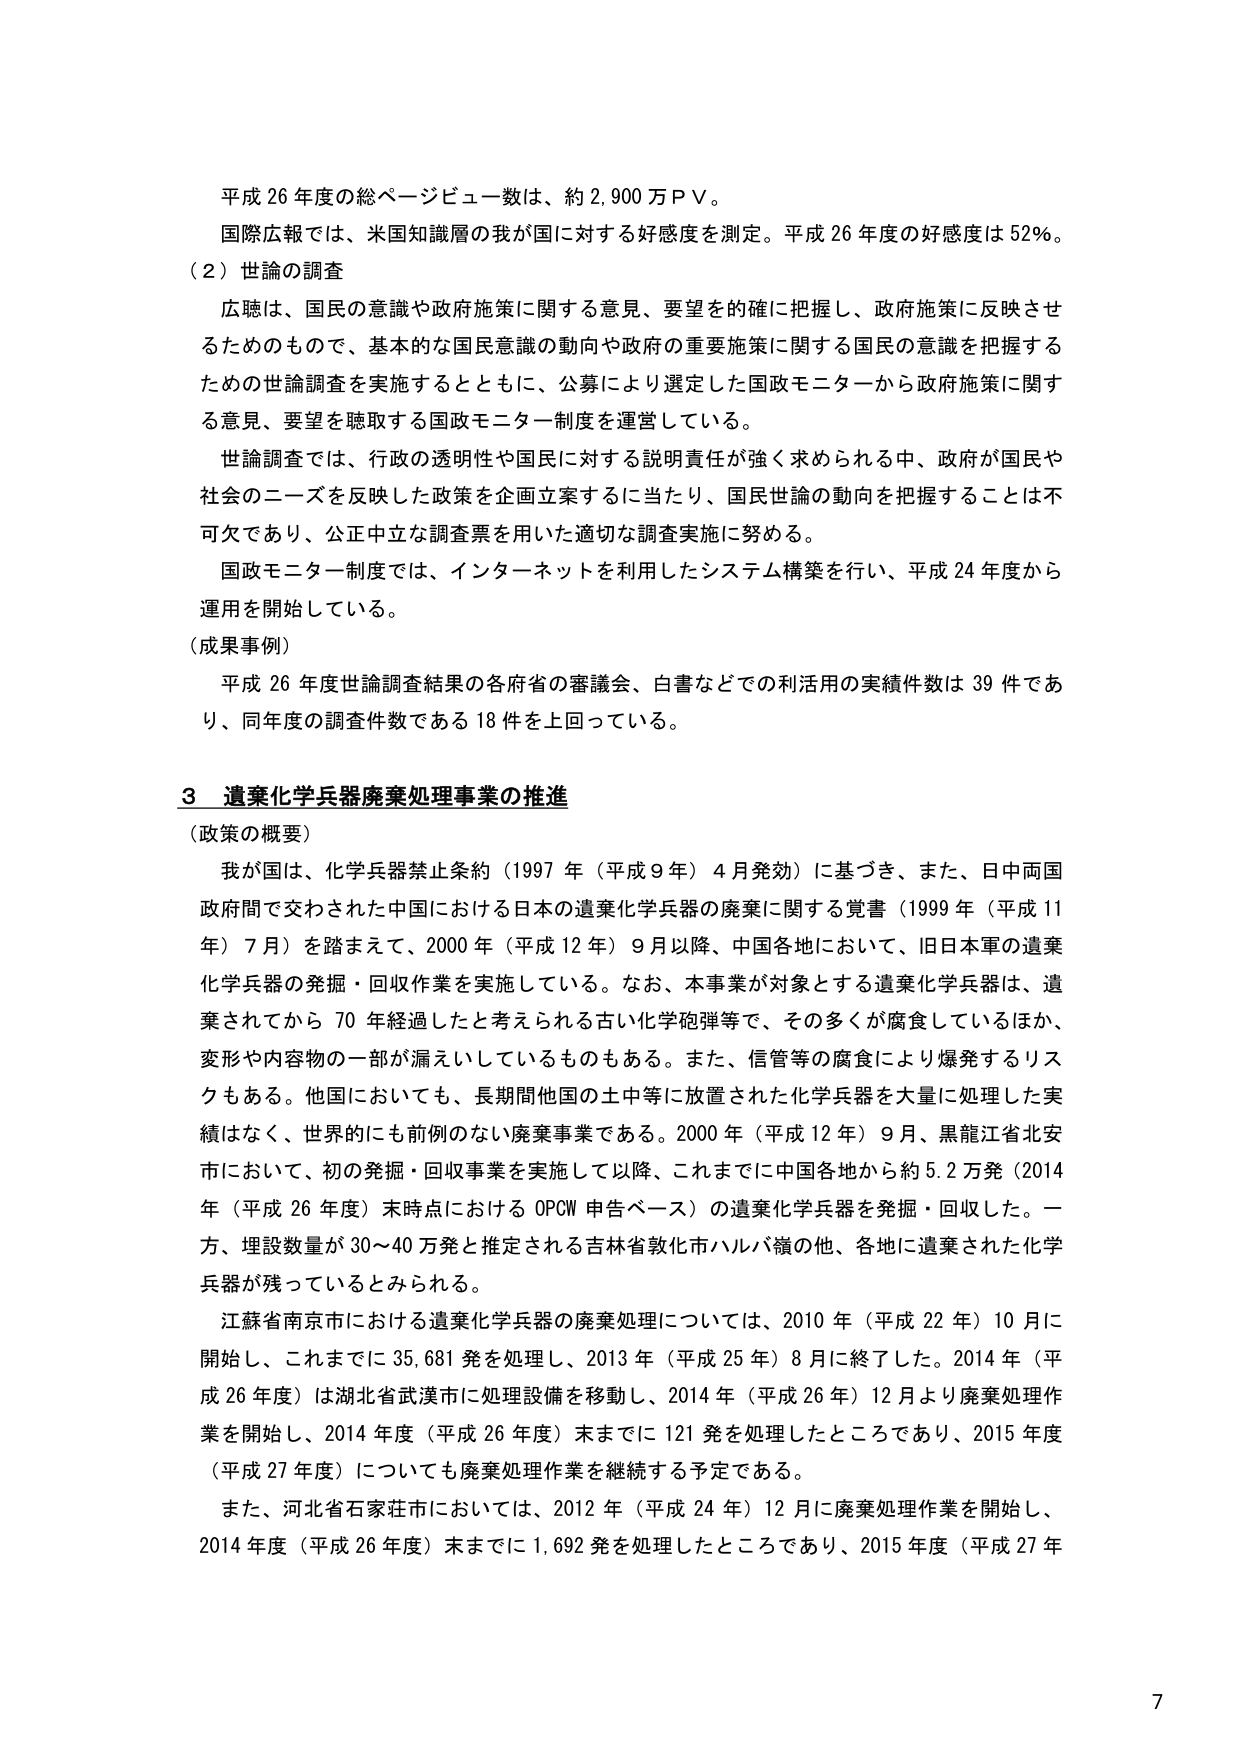
平成26年度の総ページビュー数は、約2,900万PV。

国際広報では、米国知識層の我が国に対する好感度を測定。平成26年度の好感度は52％。

（2）世論の調査

広聴は、国民の意識や政府施策に関する意見、要望を的確に把握し、政府施策に反映させるためのもので、基本的な国民意識の動向や政府の重要施策に関する国民の意識を把握するための世論調査を実施するとともに、公募により選定した国政モニターから政府施策に関する意見、要望を聴取する国政モニター制度を運営している。

世論調査では、行政の透明性や国民に対する説明責任が強く求められる中、政府が国民や社会のニーズを反映した政策を企画立案するに当たり、国民世論の動向を把握することは不可欠であり、公正中立な調査票を用いた適切な調査実施に努める。

国政モニター制度では、インターネットを利用したシステム構築を行い、平成24年度から運用を開始している。

（成果事例）

平成26年度世論調査結果の各府省の審議会、白書などでの利活用の実績件数は39件であり、同年度の調査件数である18件を上回っている。

3 遺棄化学兵器廃棄処理事業の推進

（政策の概要）

我が国は、化学兵器禁止条約（1997年（平成9年）4月発効）に基づき、また、日中両国政府間で交わされた中国における日本の遺棄化学兵器の廃棄に関する覚書（1999年（平成11年）7月）を踏まえて、2000年（平成12年）9月以降、中国各地において、旧日本軍の遺棄化学兵器の発掘・回収作業を実施している。なお、本事業が対象とする遺棄化学兵器は、遺棄されてから70年経過したと考えられる古い化学砲弾等で、その多くが腐食しているほか、変形や内容物の一部が漏えいしているものもある。また、信管等の腐食により爆発するリスクもある。他国においても、長期間他国の土中等に放置された化学兵器を大量に処理した実績はなく、世界的にも前例のない廃棄事業である。2000年（平成12年）9月、黒龍江省北安市において、初の発掘・回収事業を実施して以降、これまでに中国各地から約5.2万発（2014年（平成26年度）末時点におけるOPCW申告ベース）の遺棄化学兵器を発掘・回収した。一方、埋設数量が30～40万発と推定される吉林省敦化市ハルバ嶺の他、各地に遺棄された化学兵器が残っているとみられる。

江蘇省南京市における遺棄化学兵器の廃棄処理については、2010年（平成22年）10月に開始し、これまでに35,681発を処理し、2013年（平成25年）8月に終了した。2014年（平成26年度）は湖北省武漢市に処理設備を移動し、2014年（平成26年）12月より廃棄処理作業を開始し、2014年度（平成26年度）末までに121発を処理したところであり、2015年度（平成27年度）についても廃棄処理作業を継続する予定である。

また、河北省石家荘市においては、2012年（平成24年）12月に廃棄処理作業を開始し、2014年度（平成26年度）末までに1,692発を処理したところであり、2015年度（平成27年

7